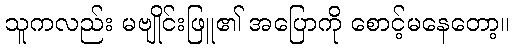
သူကလည်း မဗျိုင်းဖြူ၏ အပြောကို စောင့်မနေတော့။